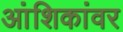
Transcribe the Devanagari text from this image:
आंशिकांवर